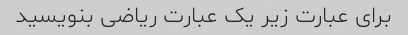
برای عبارت زیر یک عبارت ریاضی بنویسید